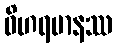
ဝိဟရမာနဿ